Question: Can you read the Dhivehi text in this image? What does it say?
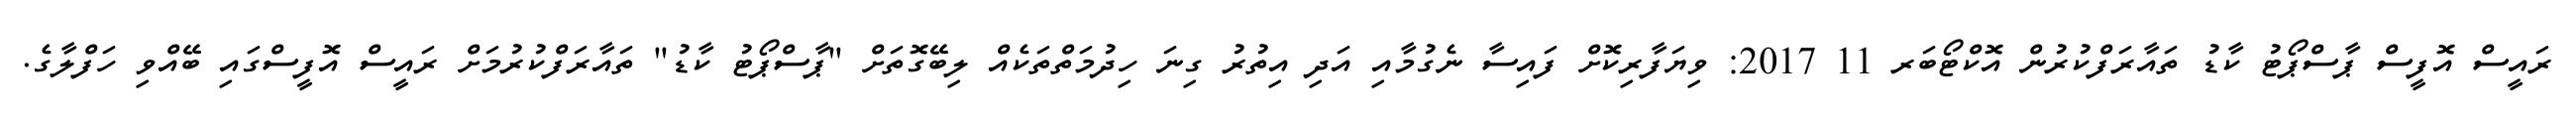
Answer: ރައީސް އޮފީސް ޕާސްޕޯޓު ކާޑު ތައާރަފްކުރުން އޮކްޓޯބަރ 11 2017: ވިޔަފާރިކޮށް ފައިސާ ނެގުމާއި އަދި އިތުރު ގިނަ ހިދުމަތްތަކެއް ލިބޭގޮތަށް "ޕާސްޕޯޓު ކާޑު" ތައާރަފްކުރުމަށް ރައީސް އޮފީސްގައި ބޭއްވި ހަފްލާގެ.